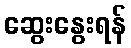
ဆွေးနွေးရန်